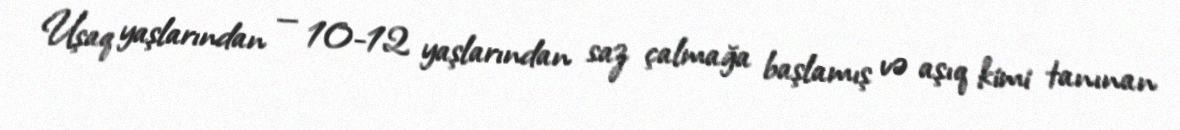
Uşaq yaşlarından — 10-12 yaşlarından saz çalmağa başlamış və aşıq kimi tanınan